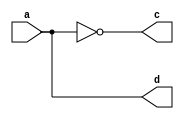
module trivial2a( input a, output c, output d);
assign c = ~a;
assign d = a;
endmodule